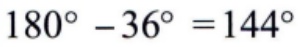
\(180^{\circ} - 36^{\circ} = 144^{\circ}\)